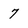
Character: 7